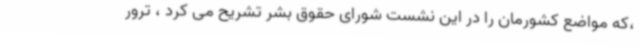
،که مواضع کشورمان را در این نشست شورای حقوق بشر تشریح می کرد ، ترور